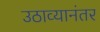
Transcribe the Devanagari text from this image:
उठाव्यानंतर